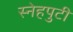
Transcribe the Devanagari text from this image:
स्नेहपुटी